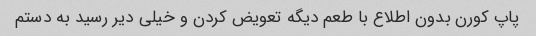
پاپ کورن بدون اطلاع با طعم دیگه تعویض کردن و خیلی دیر رسید به دستم